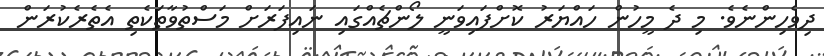
ދިވެހިންނެވެ. މި ދެ މީހުން ހައްޔަރު ކޮށްފައިވަނީ ލޯންޗެއްގައި ނައިފަރަށް މަސްތުވާތަކެތި އެތެރެކުރަން